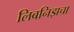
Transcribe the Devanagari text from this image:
लिबनिझचा